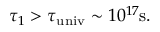
\tau _ { 1 } > \tau _ { \mathrm { u n i v } } \sim 1 0 ^ { 1 7 } \mathrm { s } .